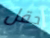
حقل